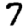
Digit: 7